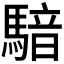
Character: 𱄧